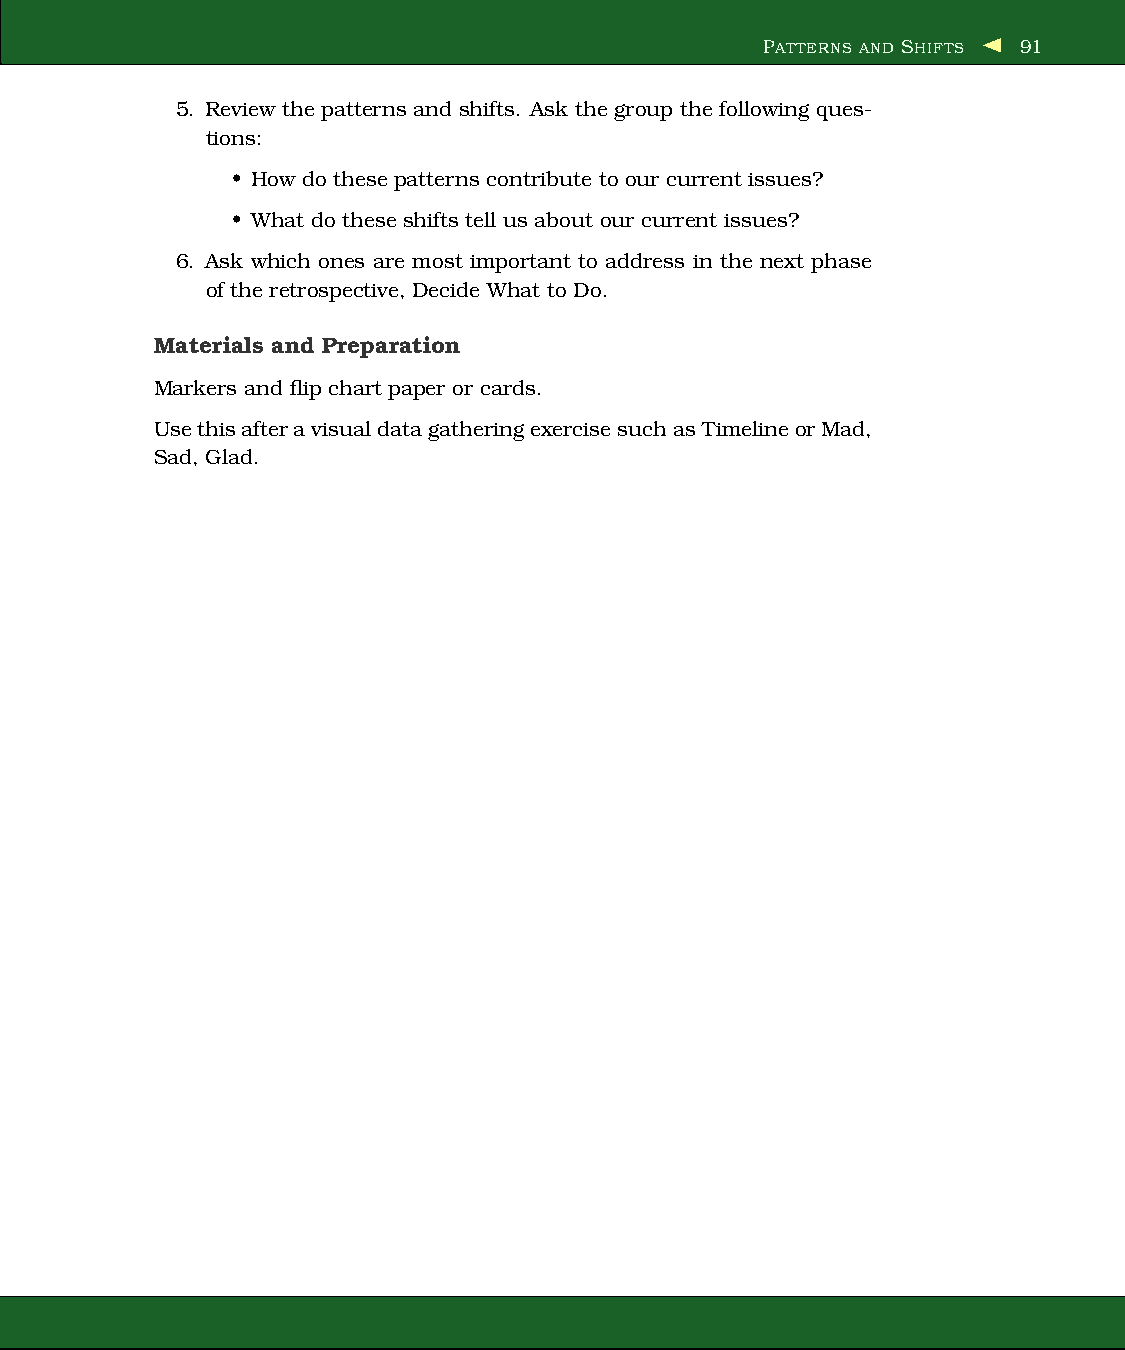
PATTERNS AND SHIFTS 91
 5. Review the patterns and shifts. Ask the group the following ques-
 tions:
 • How do these patterns contribute to our current issues?
 • What do these shiftstell us about our current issues?
 6. Ask which ones are most important to address in the next phase
 of the retrospective, Decide What to Do.
 Materials and Preparation
 Markers and flip chart paper or cards.
 UsethisafteravisualdatagatheringexercisesuchasTimelineorMad,
 Sad, Glad.